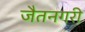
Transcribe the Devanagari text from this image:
जैतनगरी